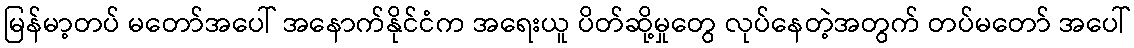
မြန်မာ့တပ် မတော်အပေါ် အနောက်နိုင်ငံက အရေးယူ ပိတ်ဆို့မှုတွေ လုပ်နေတဲ့အတွက် တပ်မတော် အပေါ်